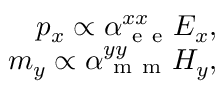
\begin{array} { r } { p _ { x } \propto \alpha _ { \mathrm { ~ e ~ e ~ } } ^ { x x } E _ { x } , } \\ { m _ { y } \propto \alpha _ { \mathrm { ~ m ~ m ~ } } ^ { y y } H _ { y } , } \end{array}